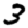
Digit: 3